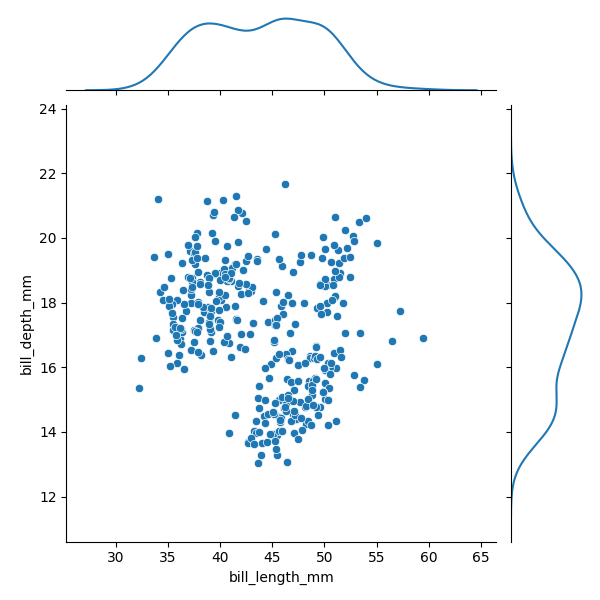
python, seaborn, JointGrid, scatterplot, kdeplot